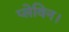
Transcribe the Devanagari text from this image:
प्लेविन।